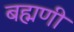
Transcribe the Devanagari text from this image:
बह्मणी